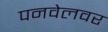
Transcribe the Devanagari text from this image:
पनवेलवर